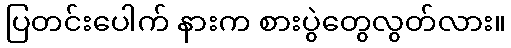
ပြတင်းပေါက် နားက စားပွဲတွေလွတ်လား။